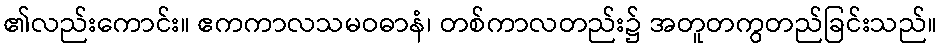
၏လည်းကောင်း။ ဧကကာလသမဝဓာနံ၊ တစ်ကာလတည်း၌ အတူတကွတည်ခြင်းသည်။